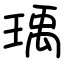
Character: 瑀